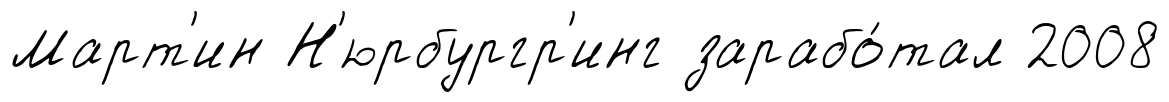
Март'ин Н'юрбургр'инг зарабо́тал 2008